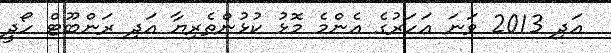
އަދި 2013 ވަނަ އަހަރުގެ އެންމެ މޮޅު ކުޅުންތެރިޔާ އަދި ރަންބޫޓް ހޯދީ